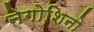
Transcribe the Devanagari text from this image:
नेगोशिनो